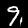
Label: 9